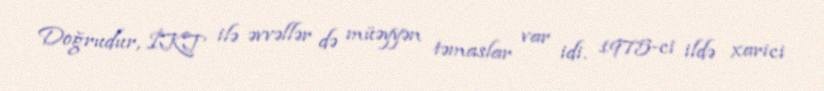
Doğrudur, İKT ilə əvvəllər də müəyyən təmaslar var idi. 1975-ci ildə xarici